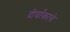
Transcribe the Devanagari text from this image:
दीर्घांकाचे